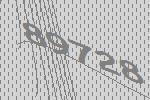
89728